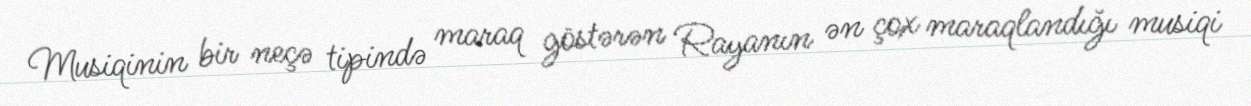
Musiqinin bir neçə tipində maraq göstərən Rayanın ən çox maraqlandığı musiqi